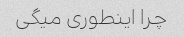
چرا اینطوری میگی